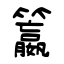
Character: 籝